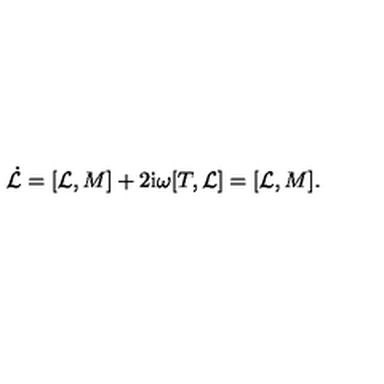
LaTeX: \dot { \cal L } = [ { \cal L } , M ] + 2 \mathrm { i } { \omega } [ T , { \cal L } ] = [ { \cal L } , M ] .